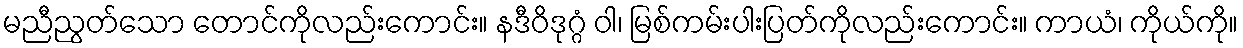
မညီညွတ်သော တောင်ကိုလည်းကောင်း။ နဒီဝိဒုဂ္ဂံ ဝါ၊ မြစ်ကမ်းပါးပြတ်ကိုလည်းကောင်း။ ကာယံ၊ ကိုယ်ကို။